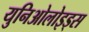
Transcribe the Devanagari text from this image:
युनिओलोइड्स